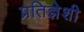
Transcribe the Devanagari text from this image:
प्रतिज्ञेशी